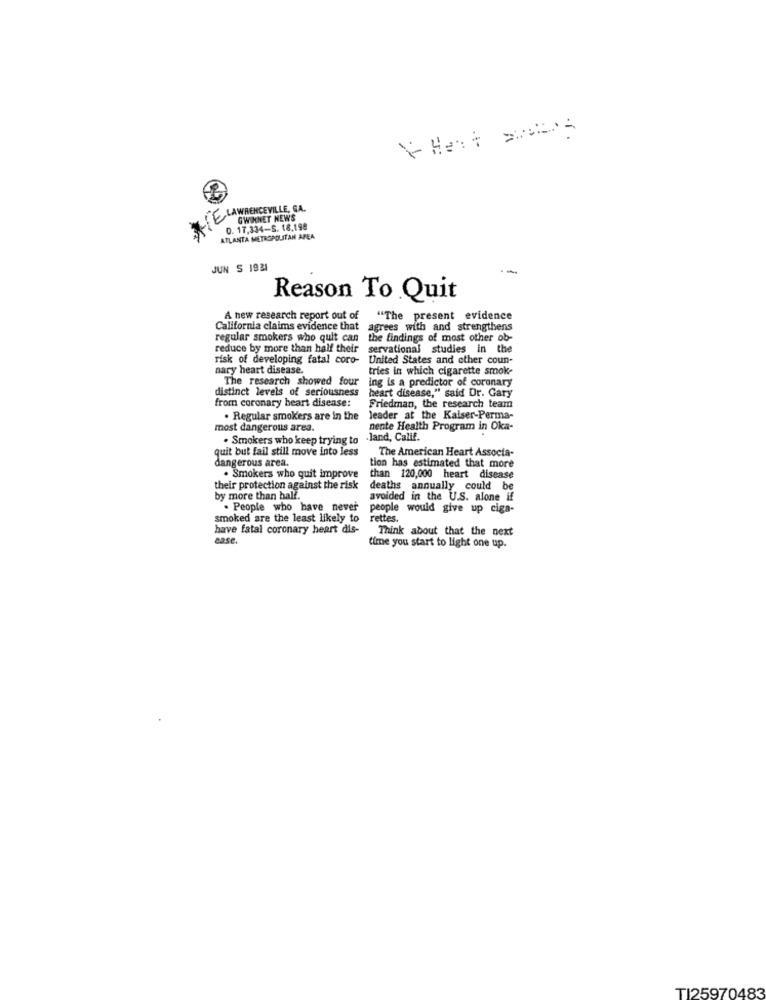
* Het bos
XIE LAWRENCEVILLE, CA.
GWINNET NEWS
D. 17,334-S. 18.198
ATLANTA METROPOLITAN AREA
JUN S 1921
- -
Reason To Quit
A new research report out of
"The present evidence
California claims evidence that agrees with and strengthens
regular smokers who quit can
the findings of most other ob-
reduce by more than half their
servational studies in the
risk of developing fatal coro- United States and other coun-
nary heart disease.
tries in which cigarette smoke
The research showed four ing is a predictor of coronary
distinct levels of seriousness
heart disease," said Dr. Gary
from coronary heart disease:
Friedman, the research team
. Regular smokers are in the
leader at the Kaiser-Perma-
most dangerous area.
nente Health Program in Oka-
. Smokers who keep trying to
.land, Calif.
quit but fail still move into less
The American Heart Associa-
dangerous arca.
tion has estimated that more
. Smokers who quit improve
than 120,000 heart disease
their protection against the risk
deaths annually could be
by more than half.
avoided in the U.S. alone if
. People who have never
people would give up ciga-
smoked are the least likely to
rettes.
have fatal coronary heart dis-
Think about that the next
case.
time you start to light one up.
TI25970483